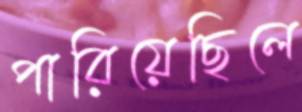
পারিয়েছিলে